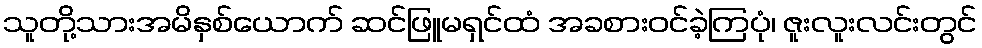
သူတို့သားအမိနှစ်ယောက် ဆင်ဖြူမရှင်ထံ အခစားဝင်ခဲ့ကြပုံ၊ ဇူးလူးလင်းတွင်